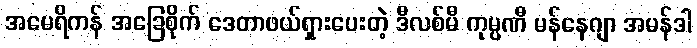
အမေရိကန် အခြေစိုက် ဒေတာဖယ်ရှားပေးတဲ့ ဒီလစ်မီ ကုမ္ပဏီ မန်နေဂျာ အမန်ဒါ